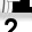
Digit: 2